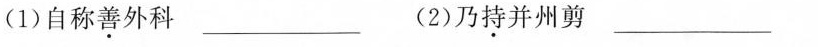
(1)自称\underset{·}{善}外科___ (2)乃持\underset{·}{持}并州剪___